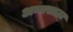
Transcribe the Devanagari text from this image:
अन्नसाठा